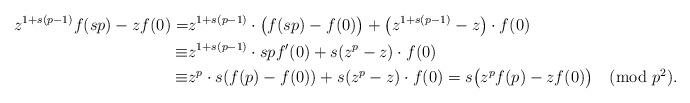
LaTeX: \begin{align*}z^{1+s(p-1)}f(sp)-zf(0)=&z^{1+s(p-1)}\cdot\big(f(sp)-f(0)\big)+\big(z^{1+s(p-1)}-z\big)\cdot f(0)\\\equiv&z^{1+s(p-1)}\cdot spf'(0)+s(z^{p}-z)\cdot f(0)\\\equiv&z^p\cdot s(f(p)-f(0))+s(z^{p}-z)\cdot f(0)=s\big(z^pf(p)-zf(0)\big)\pmod{p^2}.\end{align*}